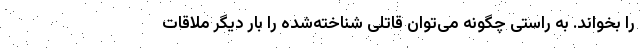
را بخواند. به راستی چگونه می‌توان قاتلی شناخته‌شده را بار دیگر ملاقات